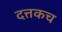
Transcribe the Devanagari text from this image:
दत्तकच